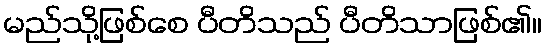
မည်သို့ဖြစ်စေ ပီတိသည် ပီတိသာဖြစ်၏။